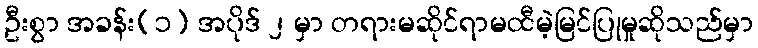
ဦးစွာ အခန်း(၁) အပိုဒ် ၂ မှာ တရားမဆိုင်ရာမထီမဲ့မြင်ပြုမှုဆိုသည်မှာ